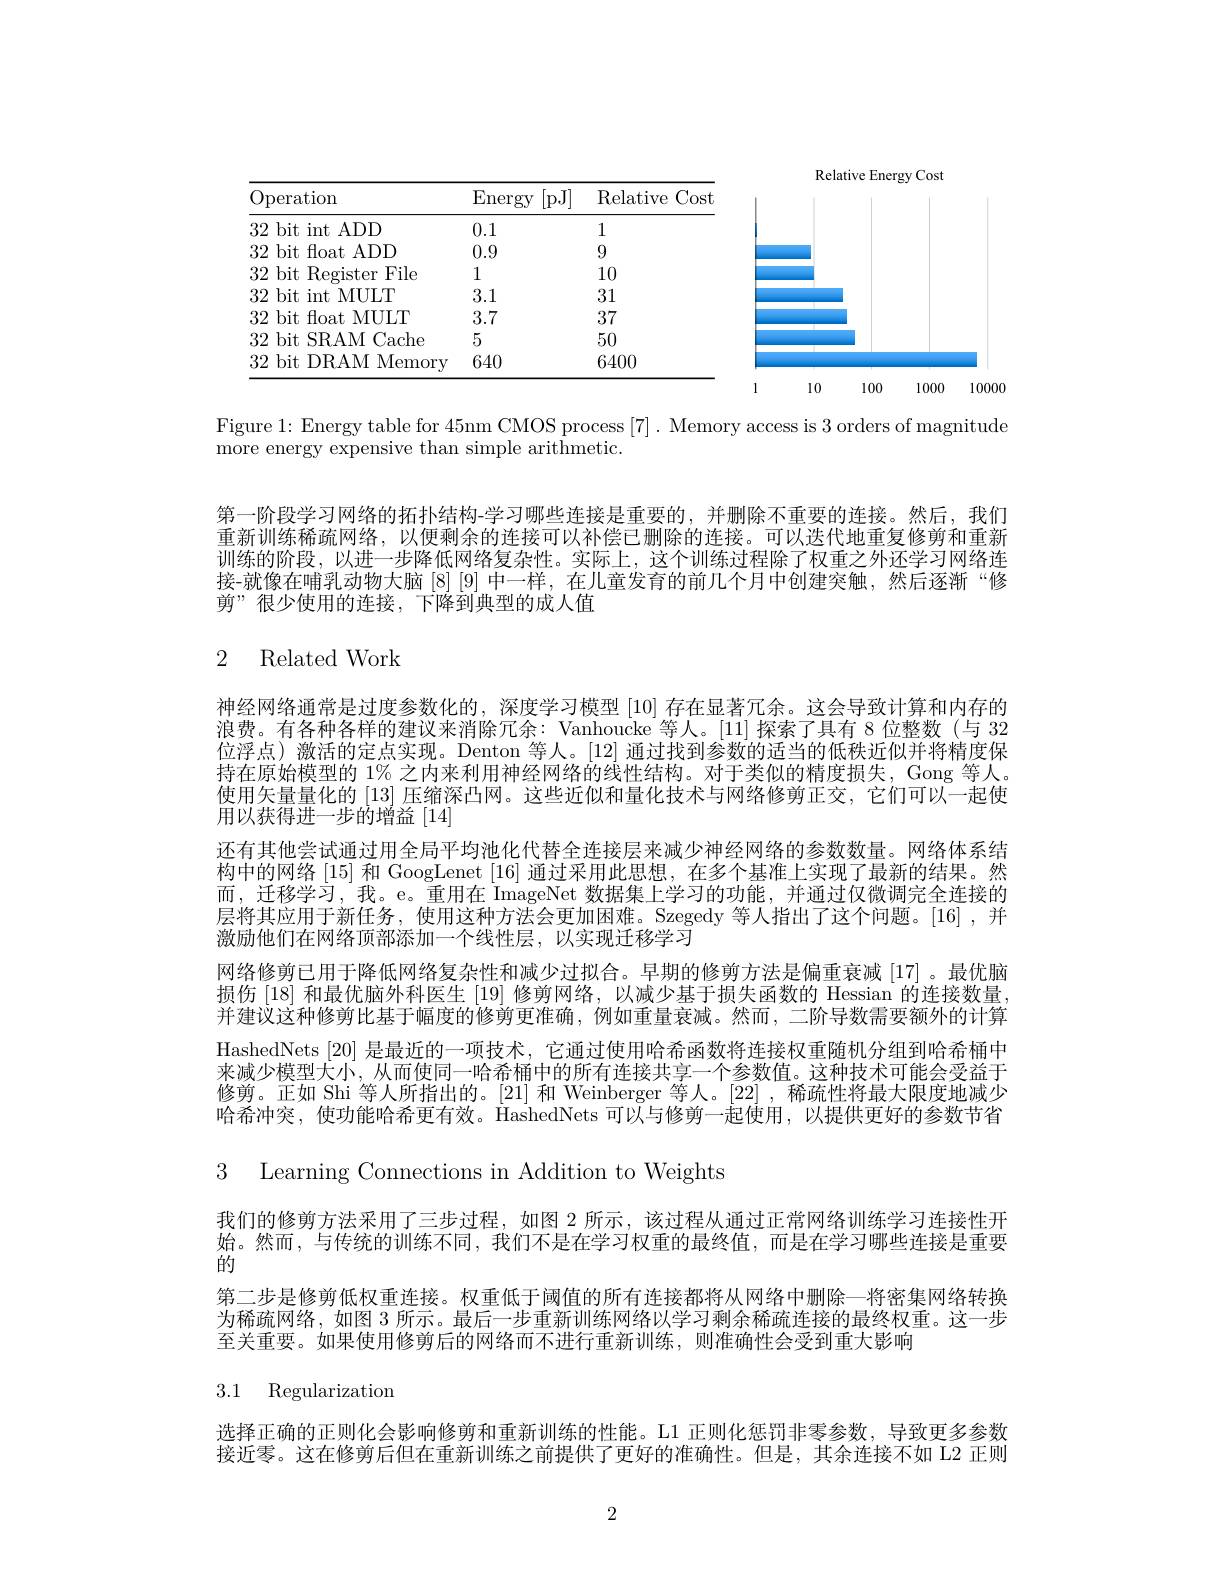
<FigureHere>

Figure 1: Energy table for 45nm CMOS process [7]. Memory access is 3 orders of magnitude
more energy expensive than simple arithmetic.

第一阶段学习网络的拓扑结构-学习哪些连接是重要的，并删除不重要的连接。然后，我们重新训练稀疏网络，以便剩余的连接可以补偿已删除的连接。可以迭代地重复修剪和重新训练的阶段，以进一步降低网络复杂性。实际上，这个训练过程除了权重之外还学习网络连接-就像在哺乳动物大脑[8][9]中一样，在儿童发育的前几个月中创建突触，然后逐渐“修剪”很少使用的连接，下降到典型的成人值

# 2 Related Work

神经网络通常是过度参数化的，深度学习模型[10]存在显著冗余。这会导致计算和内存的浪费。有各种各样的建议来消除冗余：Vanhoucke 等人。[11] 探索了具有 8 位整数 (与 32位浮点)激活的定点实现。Denton 等人。[12] 通过找到参数的适当的低秩近似并将精度保持在原始模型的 1% 之内来利用神经网络的线性结构。对于类似的精度损失，Gong 等人。使用矢量量化的[13]压缩深凸网。这些近似和量化技术与网络修剪正交，它们可以一起使用以获得进一步的增益[14]
还有其他尝试通过用全局平均池化代替全连接层来减少神经网络的参数数量。网络体系结构中的网络 [15] 和 GoogLenet [16] 通过采用此思想，在多个基准上实现了最新的结果。然而，迁移学习，我。e。重用在 ImageNet 数据集上学习的功能，并通过仅微调完全连接的层将其应用于新任务，使用这种方法会更加困难。Szegedy 等人指出了这个问题。[16] ,并激励他们在网络顶部添加一个线性层，以实现迁移学习
网络修剪已用于降低网络复杂性和减少过拟合。早期的修剪方法是偏重衰减[17] 。最优脑损伤 [18] 和最优脑外科医生 [19] 修剪网络，以减少基于损失函数的 Hessian 的连接数量， 并建议这种修剪比基于幅度的修剪更准确，例如重量衰减。然而，二阶导数需要额外的计算HashedNets [20] 是最近的一项技术，它通过使用哈希函数将连接权重随机分组到哈希桶中来减少模型大小，从而使同一哈希桶中的所有连接共享一个参数值。这种技术可能会受益于修剪。正如 Shi 等人所指出的。[21]和 Weinberger 等人。[22] ,稀疏性将最大限度地减少哈希冲突，使功能哈希更有效。$\bar{\text{HashedNets 可以与修剪一起使用，以提供更好的参数节省}}$ 3 Learning Connections in Addition to Weights
我们的修剪方法采用了三步过程，如图 2 所示，该过程从通过正常网络训练学习连接性开始。然而，与传统的训练不同，我们不是在学习权重的最终值，而是在学习哪些连接是重要的
第二步是修剪低权重连接。权重低于阈值的所有连接都将从网络中删除一将密集网络转换为稀疏网络，如图 3 所示。最后一步重新训练网络以学习剩余稀疏连接的最终权重。这一步至关重要。如果使用修剪后的网络而不进行重新训练，则准确性会受到重大影响
3.1 Regularization

选择正确的正则化会影响修剪和重新训练的性能。L1 正则化惩罚非零参数，导致更多参数接近零。这在修剪后但在重新训练之前提供了更好的准确性。但是，其余连接不如 L2 正则

2